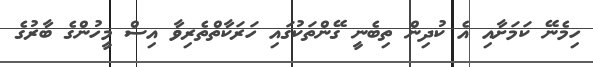
ހިމެނޭ ކަމަށާއި އެ ކުދިން ތިބެނީ ގޭންތަކުގައި ހަރަކާތްތެރިވާ އިސް މީހުންގެ ބާރުގެ